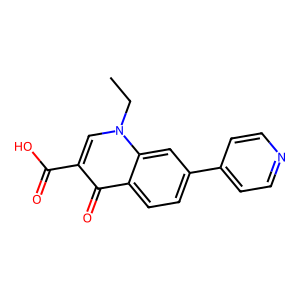
SMILES: CCn1cc(C(=O)O)c(=O)c2ccc(-c3ccncc3)cc21
Inhibits HIV replication: No